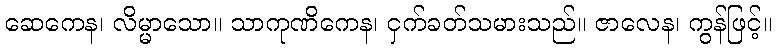
ဆေကေန၊ လိမ္မာသော။ သာကုဏိကေန၊ ငှက်ခတ်သမားသည်။ ဇာလေန၊ ကွန်ဖြင့်။